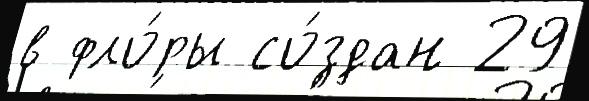
в фло́ры со́здан 29